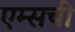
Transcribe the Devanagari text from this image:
एम्सची